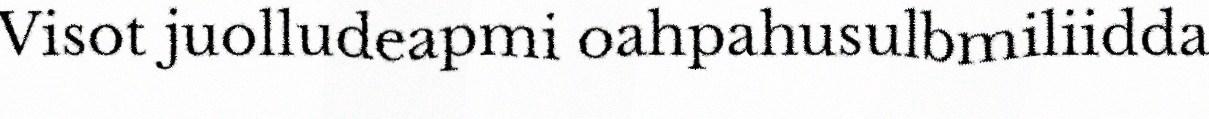
Visot juolludeapmi oahpahusulbmiliidda